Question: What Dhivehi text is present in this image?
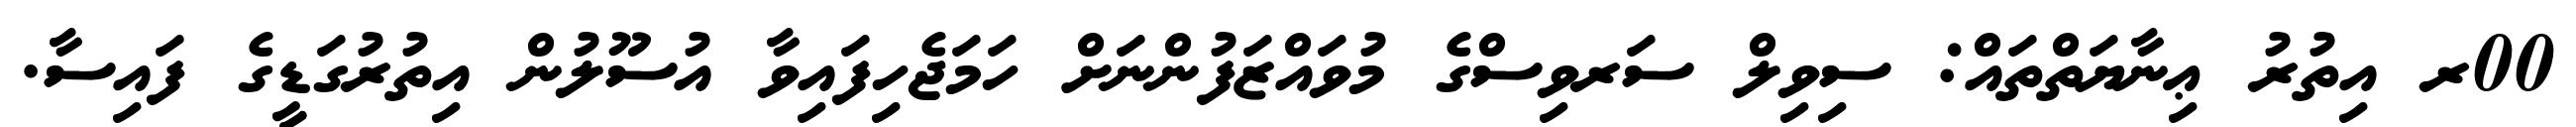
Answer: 00ރ އިތުރު ޢިނާޔަތްތައް: ސިވިލް ސަރވިސްގެ މުވައްޒަފުންނަށް ހަމަޖެހިފައިވާ އުސޫލުން އިތުރުގަޑީގެ ފައިސާ.